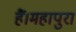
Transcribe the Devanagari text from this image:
हैं।महापुरा